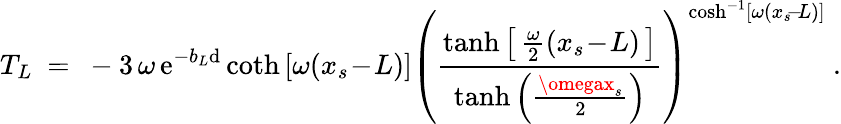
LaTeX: T_{L}\ =\ -3\, \omega\, \mathrm{e}^{-b_{L}\mathrm{d}}\coth\left[\omega(x_{s}\! -\! L)\right]\left(\frac{{\operatorname{tanh}\left[\, \frac{{\omega}}{{2}}(x_{s}\! -\! L)\, \right]}}{{\operatorname{tanh}\left(\frac{{\omegax_{s}}}{{2}}\right)}}\right)^{\cosh^{-1}\left[\omega(x_{s}\! -\! L)\right]}\ .